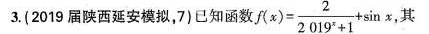
3.(2019届陕西延安模拟，7)已知函数f(x)=\frac{2}{2019^x+1}+\sin{x},其